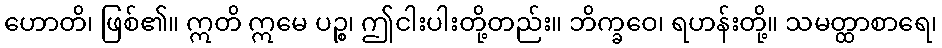
ဟောတိ၊ ဖြစ်၏။ ဣတိ ဣမေ ပဉ္စ၊ ဤငါးပါးတို့တည်း။ ဘိက္ခဝေ၊ ရဟန်းတို့။ သမတ္ထာစာရေ၊